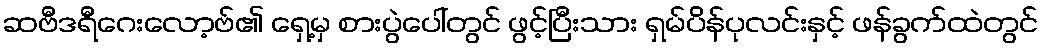
ဆဗီဒရီဂေးလော့ဗ်၏ ရှေ့မှ စားပွဲပေါ်တွင် ဖွင့်ပြီးသား ရှမ်ပိန်ပုလင်းနှင့် ဖန်ခွက်ထဲတွင်